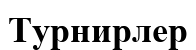
Турнирлер